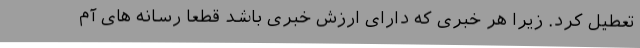
تعطیل کرد. زیرا هر خبری که دارای ارزش خبری باشد قطعا رسانه های آم